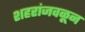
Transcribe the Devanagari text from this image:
शहरांजवळून